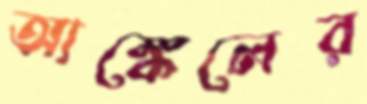
আঙ্কেলের